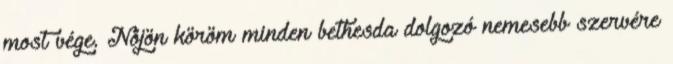
most vége. Nőjön köröm minden bethesda dolgozó nemesebb szervére